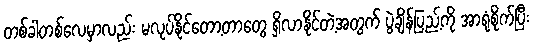
တစ်ခါတစ်လေမှာလည်း မလုပ်နိုင်တော့တာတွေ ရှိလာနိုင်တဲ့အတွက် ပွဲချိန်ပြည့်ကို အာရုံစိုက်ပြီး